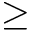
\geq